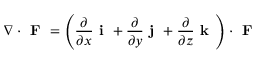
\nabla \cdot { \textbf { F } } = \left( { \frac { \partial } { \partial x } } { \textbf { i } } + { \frac { \partial } { \partial y } } { \textbf { j } } + { \frac { \partial } { \partial z } } { \textbf { k } } \right) \cdot { \textbf { F } }